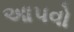
આ૫વો